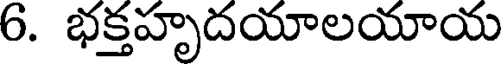
6. భక్తహృదయాలయాయ